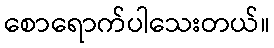
စောရောက်ပါသေးတယ်။